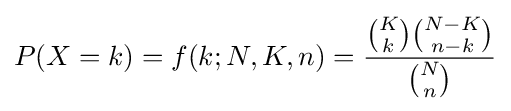
P(X=k)=f(k;N,K,n)={{{K \choose k}{{N-K} \choose {n-k}}} \over {N \choose n}}